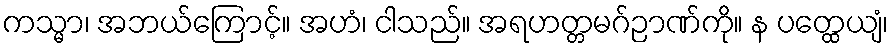
ကသ္မာ၊ အဘယ်ကြောင့်။ အဟံ၊ ငါသည်။ အရဟတ္တမဂ်ဉာဏ်ကို။ န ပတ္ထေယျံ၊